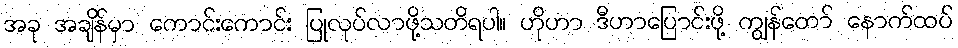
အခု အချိန်မှာ ကောင်းကောင်း ပြုလုပ်လာဖို့သတိရပါ။ ဟိုဟာ ဒီဟာပြောင်းဖို့ ကျွန်တော် နောက်ထပ်